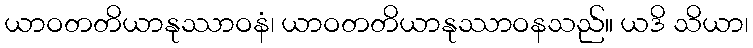
ယာဝတတိယာနုဿာဝနံ၊ ယာဝတတိယာနုဿာဝနသည်။ ယဒိ သိယာ၊